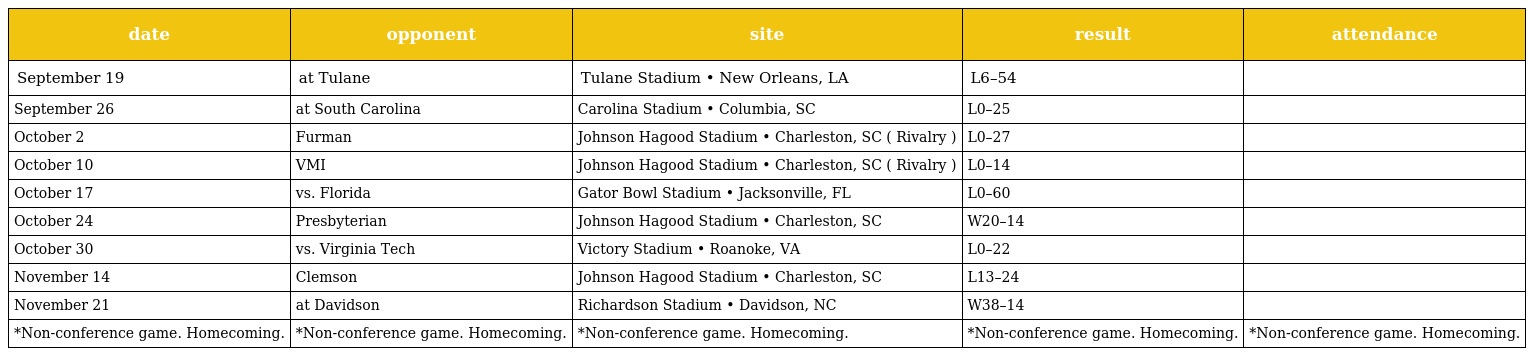
| date | opponent | site | result | attendance |
 | --- | --- | --- | --- | --- |
 | September 19 | at Tulane | Tulane Stadium • New Orleans, LA | L6–54 |  |
 | September 26 | at South Carolina | Carolina Stadium • Columbia, SC | L0–25 |  |
 | October 2 | Furman | Johnson Hagood Stadium • Charleston, SC ( Rivalry ) | L0–27 |  |
 | October 10 | VMI | Johnson Hagood Stadium • Charleston, SC ( Rivalry ) | L0–14 |  |
 | October 17 | vs. Florida | Gator Bowl Stadium • Jacksonville, FL | L0–60 |  |
 | October 24 | Presbyterian | Johnson Hagood Stadium • Charleston, SC | W20–14 |  |
 | October 30 | vs. Virginia Tech | Victory Stadium • Roanoke, VA | L0–22 |  |
 | November 14 | Clemson | Johnson Hagood Stadium • Charleston, SC | L13–24 |  |
 | November 21 | at Davidson | Richardson Stadium • Davidson, NC | W38–14 |  |
 | *Non-conference game. Homecoming. | *Non-conference game. Homecoming. | *Non-conference game. Homecoming. | *Non-conference game. Homecoming. | *Non-conference game. Homecoming. |